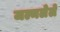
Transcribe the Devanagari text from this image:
जल्मलेले